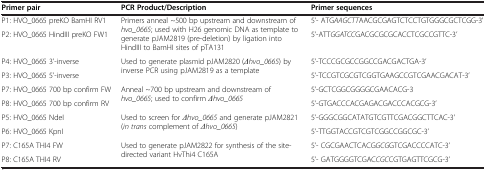
<table><thead><tr><td><b>Primer pair</b></td><td><b>PCR Product/Description</b></td><td><b>Primer sequences</b></td></tr></thead><tbody><tr><td>P1: HVO_0665 preKO BamHI RV1</td><td rowspan="2">Primers anneal ~500 bp upstream and downstream of <i>hvo_0665</i>; used with H26 genomic DNA as template to generate pJAM2819 (pre-deletion) by ligation into HindIII to BamHI sites of pTA131</td><td>5’- ATG<i>AAGCTT</i>AACGCGAGTCTCCTGTGGGCGCTCGG-3&#x27;</td></tr><tr><td>P2: HVO_0665 HindIII preKO FW1</td><td>5’-ATT<i>GGATCC</i>GACGCGCGCACCTCGCCGTTC-3’</td></tr><tr><td>P4: HVO_0665 3’-inverse</td><td rowspan="2">Used to generate plasmid pJAM2820 (<i>Δhvo_0665</i>) by inverse PCR using pJAM2819 as a template</td><td>5’-TCCCGCGCCGGCCGACGACTGA-3’</td></tr><tr><td>P3: HVO_0665 5’-inverse</td><td>5’-TCCGTCGCGTCGGTGAAGCCGTCGAACGACAT-3’</td></tr><tr><td>P7: HVO_0665 700 bp confirm FW</td><td rowspan="2">Anneal ~700 bp upstream and downstream of <i>hvo_0665</i>; used to confirm <i>Δhvo_0665</i></td><td>5’-GCTCGGCGGGGCGAACACG-3</td></tr><tr><td>P8: HVO_0665 700 bp confirm RV</td><td>5’-GTGACCCACGAGACGACCCACGCG-3’</td></tr><tr><td>P5: HVO_0665 NdeI</td><td rowspan="2">Used to screen for <i>Δhvo_0665</i> and generate pJAM2821 (<i>in trans</i> complement of <i>Δhvo_0665</i>)</td><td>5’-GGGCGGCATATGTCGTTCGACGGCTTCAC-3’</td></tr><tr><td>P6: HVO_0665 KpnI</td><td>5’-TTGGTACCGTCGTCGGCCGGCGC-3’</td></tr><tr><td>P7: C165A THI4 FW</td><td rowspan="2">Used to generate pJAM2822 for synthesis of the site-directed variant HvThi4 C165A</td><td>5’- CGCGAACTCACG<i>GCG</i>GTCGACCCCATC-3’</td></tr><tr><td>P8: C165A THI4 RV</td><td>5’- GATGGGGTCGAC<i>CGC</i>CGTGAGTTCGCG-3’</td></tr></tbody></table>